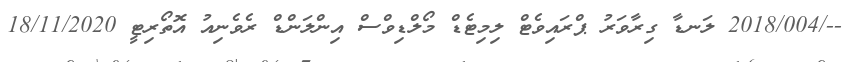
--/2018/004 ލަނޑާ ގިރާވަރު ޕްރައިވެޓް ލިމިޓެޑް މޯލްޑިވްސް އިންލަންޑް ރެވެނިއު އޮތޯރިޓީ 18/11/2020